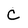
Character: c